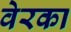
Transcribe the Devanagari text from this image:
वेरका